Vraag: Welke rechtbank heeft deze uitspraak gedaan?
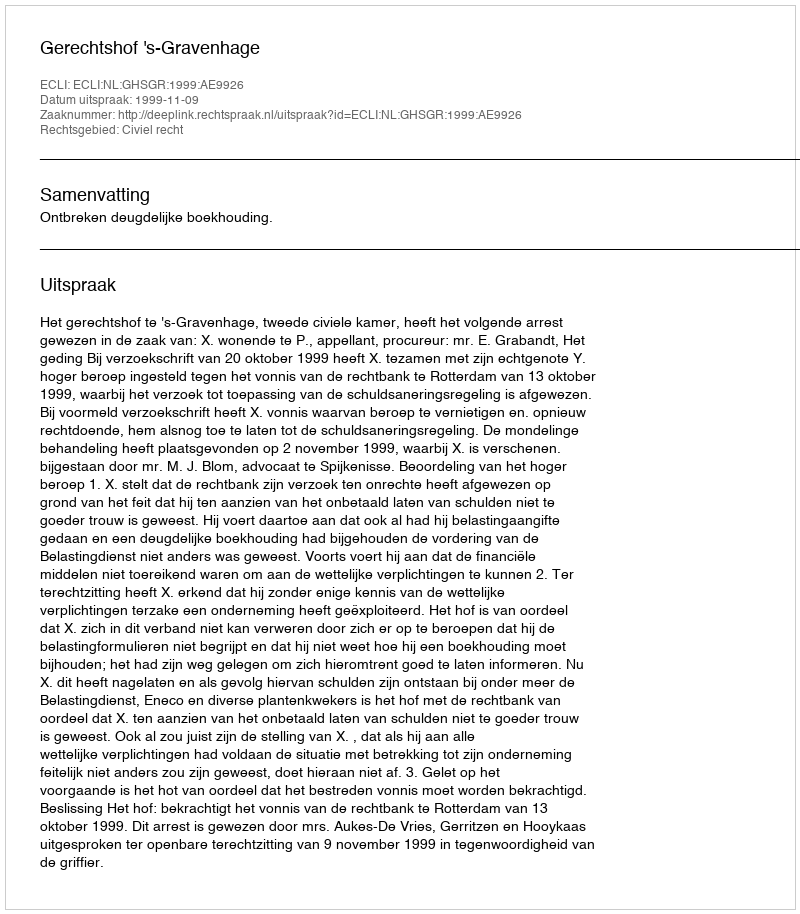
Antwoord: Gerechtshof 's-Gravenhage